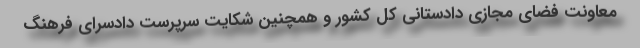
معاونت فضای مجازی دادستانی کل کشور و همچنین شکایت سرپرست دادسرای فرهنگ